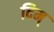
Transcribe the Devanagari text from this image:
दिम्